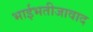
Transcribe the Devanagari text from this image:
भाईभतीजावाद